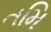
તમિ